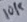
Text: 10K